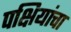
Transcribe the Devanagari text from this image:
पक्षियांचा